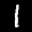
Label: 1